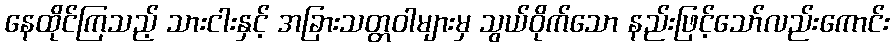
နေထိုင်ကြသည့် သားငါးနှင့် အခြားသတ္တဝါများမှ သွယ်ဝိုက်သော နည်းဖြင့်သော်လည်းကောင်း